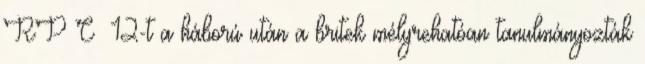
RP C 12-t a háború után a britek mélyrehatóan tanulmányozták